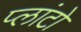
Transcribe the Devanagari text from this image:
प्‍लांटो